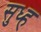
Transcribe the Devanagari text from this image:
सुध्ह